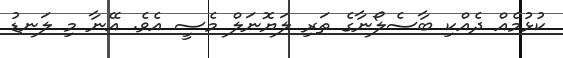
ކުޅުމެއް ދެއްކި ބާސެލޯނާގެ ތަރި ލަޔޮނަލް މެސީ އެވެ. އޭނާ މި ލަނޑު